Indian journal of veterinary science and animal husbandry - Volume 3,
Year: 1933
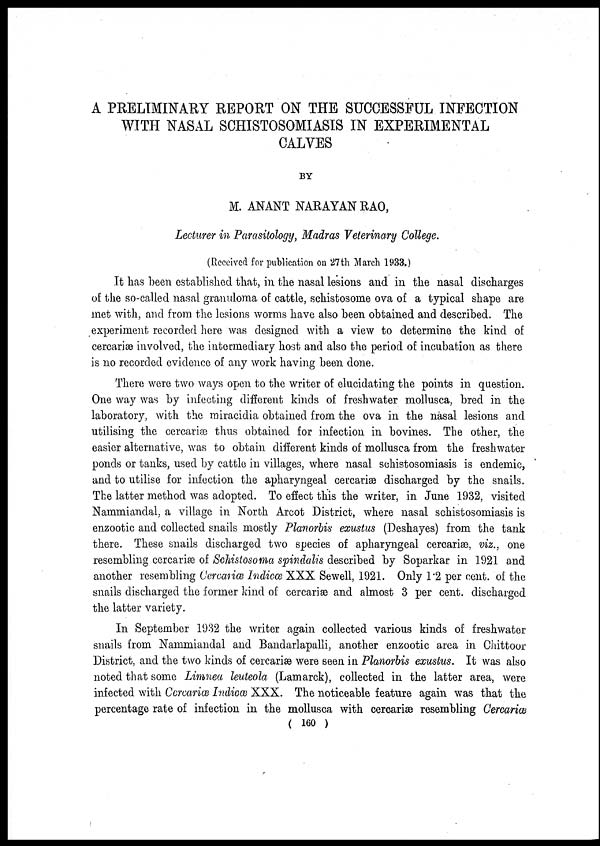
A PRELIMINARY REPORT ON THE SUCCESSFUL INFECTION
WITH NASAL SCHISTOSOMIASIS IN EXPERIMENTAL
CALVES
BY
M. ANANT NARAYAN RAO,
Lecturer in Parasitology, Madras Veterinary College.
(Received for publication on 27th March 1933.)
It has been established that, in the nasal lesions and in the nasal discharges
of the so-called nasal granuloma of cattle, schistosome ova of a typical shape are
met with, and from the lesions worms have also been obtained and described. The
experiment recorded here was designed with a view to determine the kind of
cercariæ involved, the intermediary host and also the period of incubation as there
is no recorded evidence of any work having been done.
There were two ways open to the writer of elucidating the points in question.
One way was by infecting different kinds of freshwater mollusca, bred in the
laboratory, with the miracidia obtained from the ova in the nasal lesions and
utilising the cercariæ thus obtained for infection in bovines. The other, the
easier alternative, was to obtain different kinds of mollusca from the freshwater
ponds or tanks, used by cattle in villages, where nasal schistosomiasis is endemic,
and to utilise for infection the apharyngeal cercariæ discharged by the snails.
The latter method was adopted. To effect this the writer, in June 1932, visited
Nammiandal, a village in North Arcot District, where nasal schistosomiasis is
enzootic and collected snails mostly Planorbis exustus (Deshayes) from the tank
there. These snails discharged two species of apharyngeal cercariæ, viz., one
resembling cercariæ of Schistosoma spindalis described by Soparkar in 1921 and
another resembling Cercariæ Indicœ XXX Sewell, 1921. Only 1.2 per cent. of the
snails discharged the former kind of cercariæ and almost 3 per cent. discharged
the latter variety.
In September 1932 the writer again collected various kinds of freshwater
snails from Nammiandal and Bandarlapalli, another enzootic area in Chittoor
District, and the two kinds of cercariæ were seen in Planorbis exustus. It was also
noted that some Limnea leuteola (Lamarck), collected in the latter area, were
infected with Cercariæ Indicœ XXX. The noticeable feature again was that the
percentage rate of infection in the mollusca with cercariæ resembling Cercariæ
( 160 )